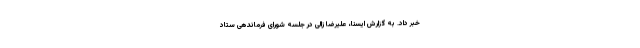
خبر داد. به گزارش ایسنا، علیرضا زالی در جلسه شورای فرماندهی ستاد